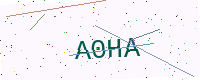
Text: A0HA